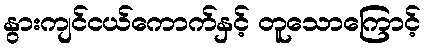
နွားကျင်ငယ်ကောက်နှင့် တူသောကြောင့်